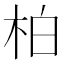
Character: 柏